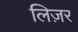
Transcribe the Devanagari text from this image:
लिज़र